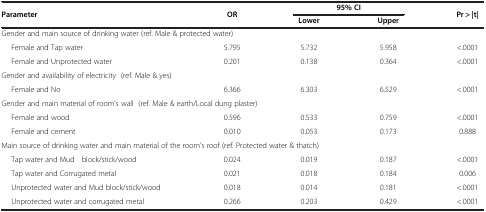
| Parameter | OR | <COLSPAN=2> 95% CI | Pr > |t| |
 |  |  | Lower | Upper |  |
 | --- | --- | --- | --- | --- |
 | <COLSPAN=5> Gender and main source of drinking water (ref. Male & protected water) |
 | Female and Tap water | 5.795 | 5.732 | 5.958 | <.0001 |
 | Female and Unprotected water | 0.201 | 0.138 | 0.364 | <.0001 |
 | <COLSPAN=5> Gender and availability of electricity (ref. Male & yes) |
 | Female and No | 6.366 | 6.303 | 6.529 | <.0001 |
 | <COLSPAN=5> Gender and main material of room's wall (ref. Male & earth/Local dung plaster) |
 | Female and wood | 0.596 | 0.533 | 0.759 | <.0001 |
 | Female and cement | 0.010 | 0.053 | 0.173 | 0.888 |
 | <COLSPAN=5> Main source of drinking water and main material of the room's roof (ref. Protected water & thatch) |
 | Tap water and Mud block/stick/wood | 0.024 | 0.019 | 0.187 | <.0001 |
 | Tap water and Corrugated metal | 0.021 | 0.018 | 0.184 | 0.006 |
 | Unprotected water and Mud block/stick/wood | 0.018 | 0.014 | 0.181 | <.0001 |
 | Unprotected water and corrugated metal | 0.266 | 0.203 | 0.429 | <.0001 |